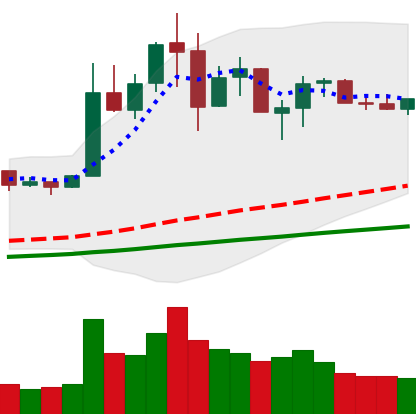
Ticker: NEO-USD
Chart end date: 2019-07-07
Forward return: -10.667%
Label: down_7plus